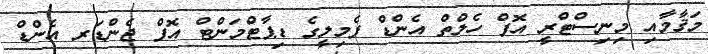
މަޤާމާއި މިނިސްޓްރީ އޮފް ހެލްތް އެންޑް ފެމިލީގެ ޑިޕާޓްމަންޓް އޮފް ޖެންޑަރ އެންޑް